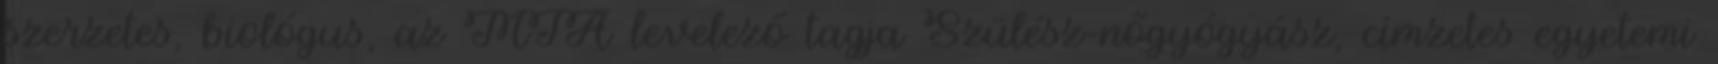
szerzetes, biológus, az MTA levelező tagja Szülész-nőgyógyász, címzetes egyetemi